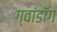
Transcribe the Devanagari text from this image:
ग्वांडॉंग